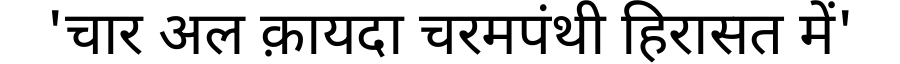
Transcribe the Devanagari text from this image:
'चार अल क़ायदा चरमपंथी हिरासत में'